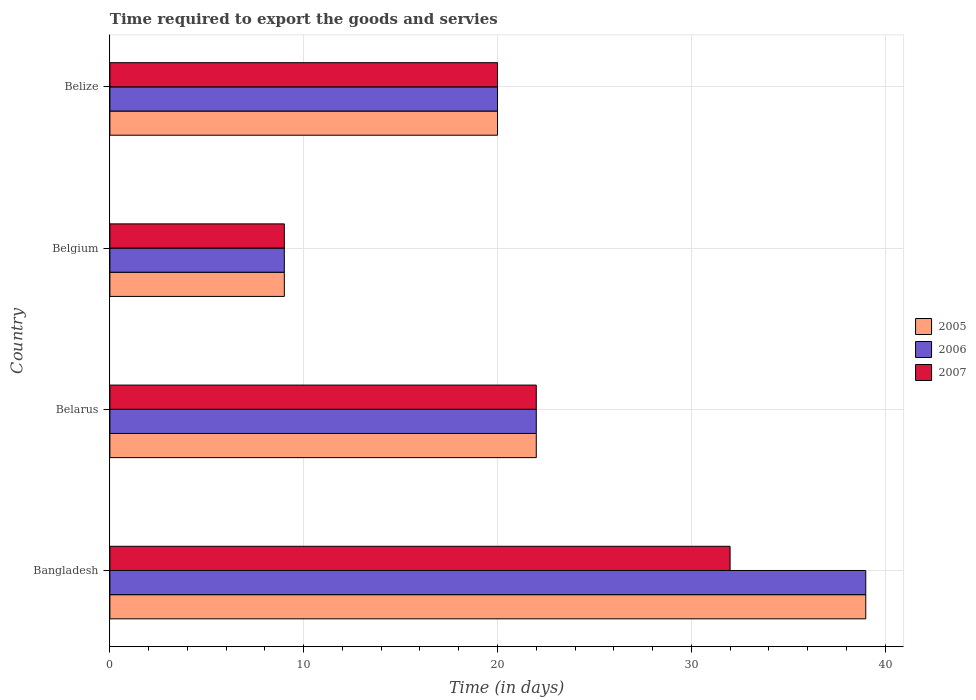
| Country | 2005 | 2006 | 2007 |
 | --- | --- | --- | --- |
 | Bangladesh | 39 | 39 | 32 |
 | Belarus | 22 | 22 | 22 |
 | Belgium | 9 | 9 | 9 |
 | Belize | 20 | 20 | 20 |